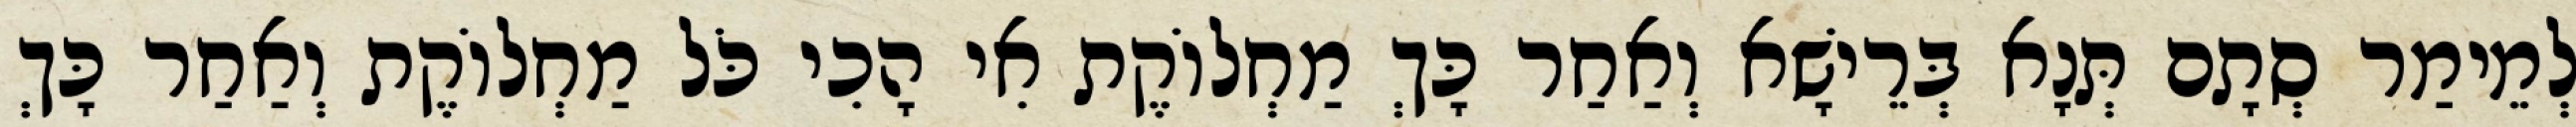
לְמֵימַר סְתָם תְּנָא בְּרֵישָׁא וְאַחַר כָּךְ מַחְלוֹקֶת אִי הָכִי כֹּל מַחְלוֹקֶת וְאַחַר כָּךְ